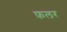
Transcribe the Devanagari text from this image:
फ़लर